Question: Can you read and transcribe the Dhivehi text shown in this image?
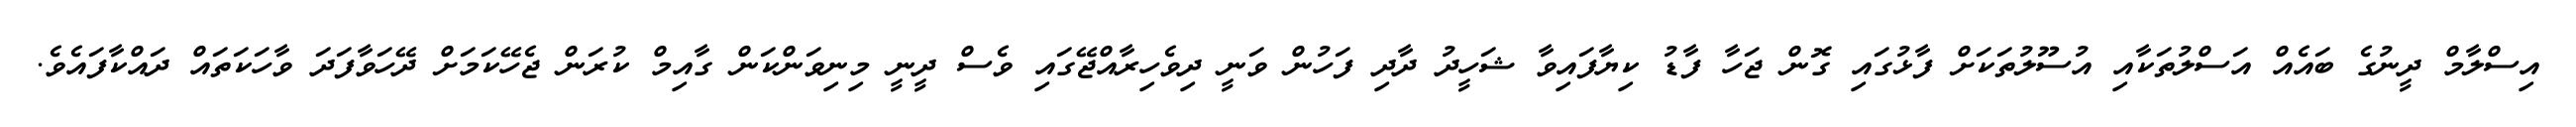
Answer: އިސްލާމް ދީނުގެ ބައެއް އަސްލުތަކާއި އުސޫލުތަކަށް ފާޅުގައި ގޮން ޖަހާ ފާޑު ކިޔާފައިވާ ޝަހީދު ދާދި ފަހުން ވަނީ ދިވެހިރާއްޖޭގައި ވެސް ދީނީ މިނިވަންކަން ގާއިމް ކުރަން ޖެހޭކަމަށް ދޭހަވާފަދަ ވާހަކަތައް ދައްކާފައެވެ.